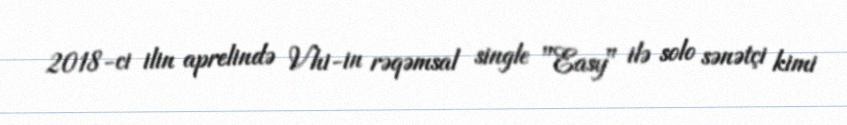
2018-ci ilin aprelində Vhi-in rəqəmsal single "Easy" ilə solo sənətçi kimi